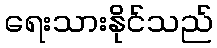
ရေးသားနိုင်သည်